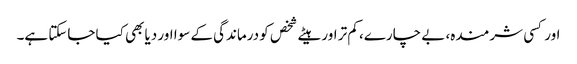
اور کسی شرمندہ، بے چارے، کم تر اور ہیٹے شخص کو درماندگی کے سوا اور دیا بھی کیا جاسکتا ہے۔